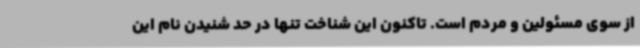
از سوی مسئولین و مردم است. تاکنون این شناخت تنها در حد شنیدن نام این